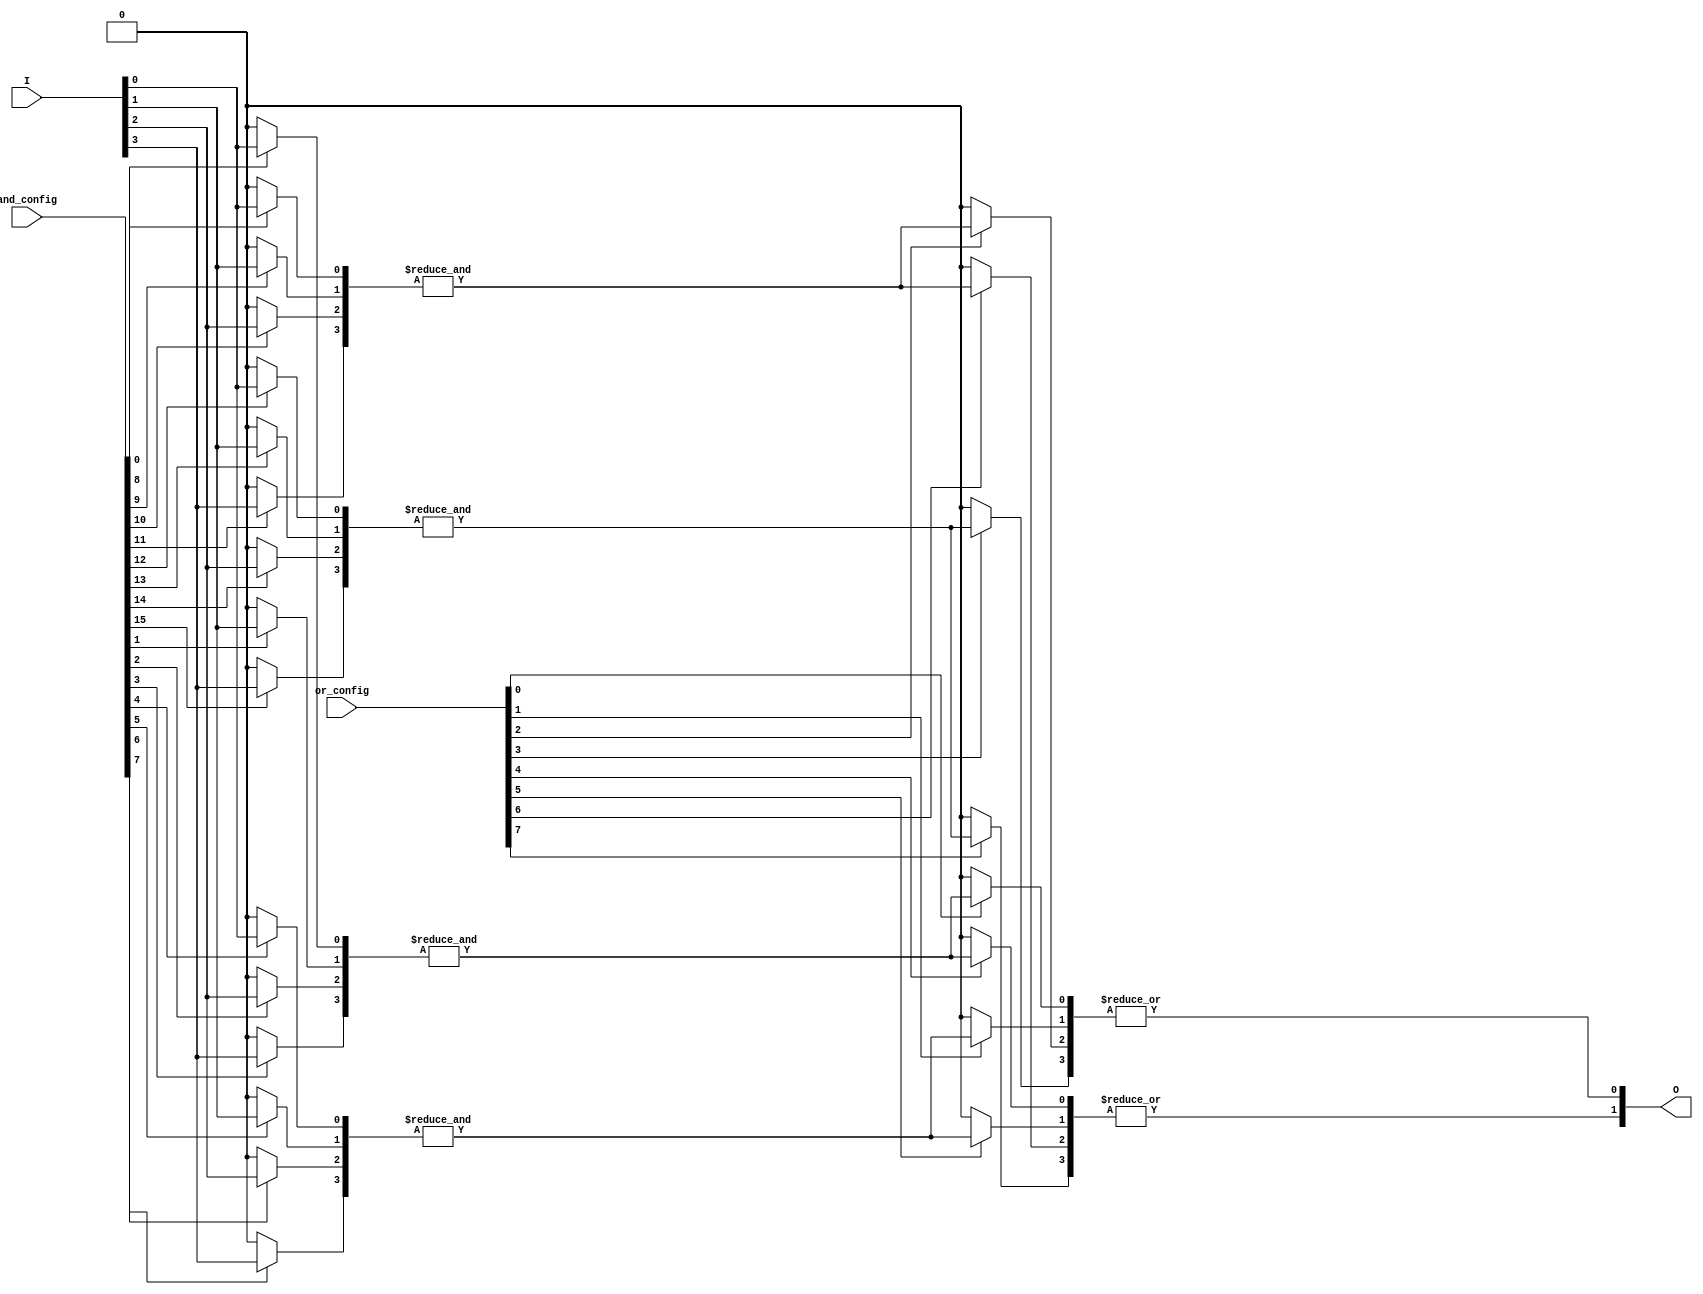
module SPAL #(
    parameter N = 4,     // Number of input signals
    parameter K = 4,     // Number of product terms (AND gates)
    parameter M = 2      // Number of output signals
)(
    input wire [N-1:0] I,                  // Input signals
    input wire [K*N-1:0] and_config,       // Configuration for AND gates
    input wire [M*K-1:0] or_config,         // Configuration for OR gates
    output wire [M-1:0] O                   // Output signals
);

    // Internal wires for product terms
    wire [K-1:0] product_terms;

    // Programmable AND Array
    genvar i, j;
    generate
        for (i = 0; i < K; i = i + 1) begin : AND_array
            wire [N-1:0] and_inputs;
            // Connect inputs based on configuration memory
            for (j = 0; j < N; j = j + 1) begin
                assign and_inputs[j] = and_config[i*N + j] ? I[j] : 1'b0;
            end
            // Generate product term for AND gate
            assign product_terms[i] = &and_inputs;  // AND operation
        end
    endgenerate

    // Programmable OR Array
    generate
        for (i = 0; i < M; i = i + 1) begin : OR_array
            wire [K-1:0] or_inputs;
            // Connect product terms based on configuration memory
            for (j = 0; j < K; j = j + 1) begin
                assign or_inputs[j] = or_config[i*K + j] ? product_terms[j] : 1'b0;
            end
            // Generate output for each OR gate
            assign O[i] = |or_inputs;  // OR operation
        end
    endgenerate

endmodule